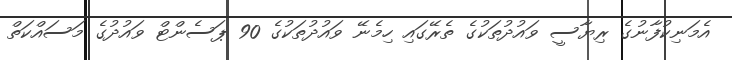
އެމަނިކުފާނުގެ ރިޔާސީ ވައުދުތަކުގެ ތެރޭގައި ހިމެނޭ ވައުދުތަކުގެ 90 ޕަސެންޓް ވައުދުގެ މަސައްކަތް